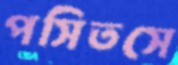
পসিতসে